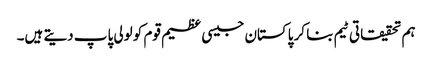
ہم تحقیقاتی ٹیم بنا کر پاکستان جیسی عظیم قوم کو لولی پاپ دیتے ہیں۔